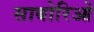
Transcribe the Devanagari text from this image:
साबोरिओ